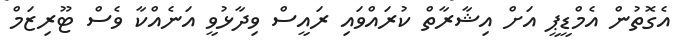
އެގޮތުން އެމްޑީޕީ އަށް އިޝާރާތް ކުރައްވައި ރައީސް ވިދާޅުވީ އަނެއްކާ ވެސް ޓޫރިޒަމް